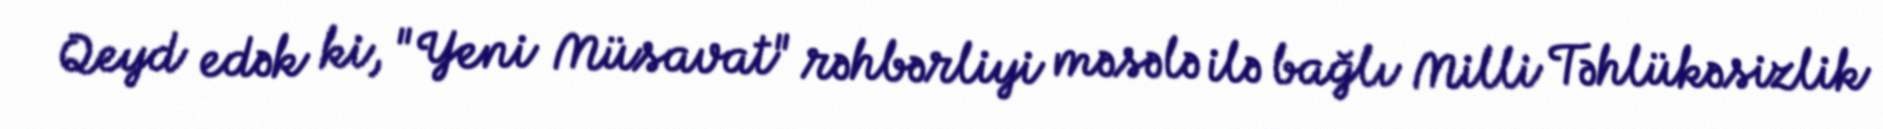
Qeyd edək ki, "Yeni Müsavat" rəhbərliyi məsələ ilə bağlı Milli Təhlükəsizlik